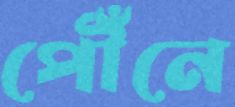
পৌঁনে